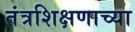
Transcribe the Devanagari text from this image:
तंत्रशिक्षणाच्या